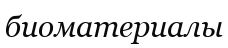
биоматериалы